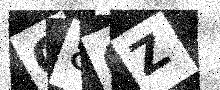
Text: C80Z